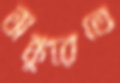
অঙ্কুরেতে